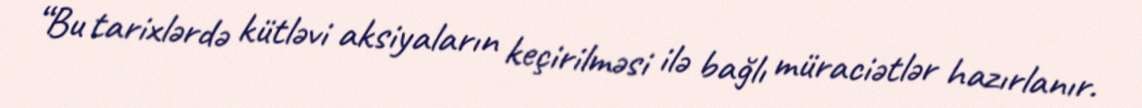
“Bu tarixlərdə kütləvi aksiyaların keçirilməsi ilə bağlı müraciətlər hazırlanır.